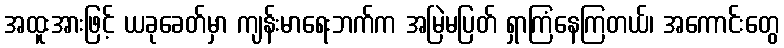
အထူးအားဖြင့် ယခုခေတ်မှာ ကျန်းမာရေးဘက်က အမြဲမပြတ် ရှာကြံနေကြတယ်၊ အကောင်းတွေ